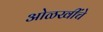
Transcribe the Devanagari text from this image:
ओळखींचे